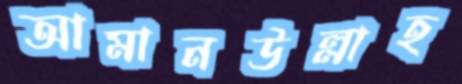
আমানউল্লাহ